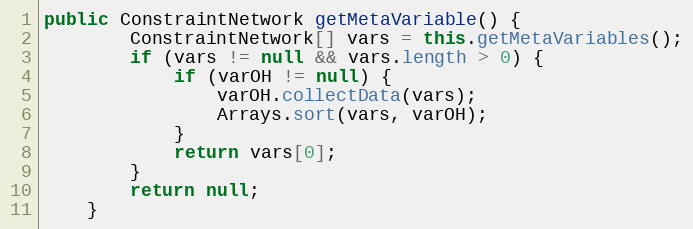
Language: Java
public ConstraintNetwork getMetaVariable() {
		ConstraintNetwork[] vars = this.getMetaVariables();
		if (vars != null && vars.length > 0) {
			if (varOH != null) {
				varOH.collectData(vars);
				Arrays.sort(vars, varOH);
			}
			return vars[0];
		}
		return null;
	}